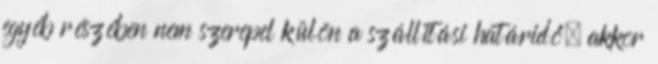
egyéb részében nem szerepel külön a szállítási határidő, akkor